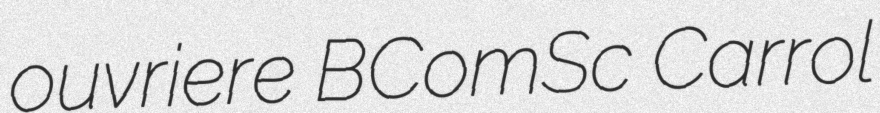
ouvriere BComSc Carrol